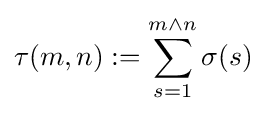
\tau (m,n):=\sum _{s=1}^{m\wedge n}\sigma (s)